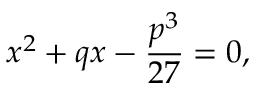
x ^ { 2 } + q x - { \frac { p ^ { 3 } } { 2 7 } } = 0 ,